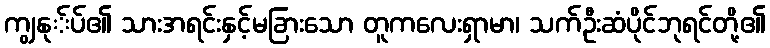
ကျွနု်ပ်၏ သားအရင်းနှင့်မခြားသော တူကလေးရှာမာ၊ သက်ဦးဆံပိုင်ဘုရင်တို့၏